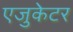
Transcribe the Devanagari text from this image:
एजुकेटर